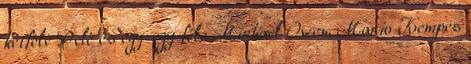
kétféle Pelé és egy-egy féle Michael Owen, Mario Kempes